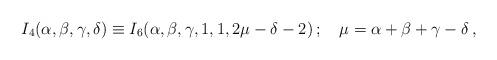
LaTeX: \begin{align*}I_4(\alpha,\beta,\gamma,\delta)\equiv I_6(\alpha,\beta,\gamma,1,1,2\mu-\delta-2)\,;\quad\mu=\alpha+\beta+\gamma-\delta\,,\end{align*}